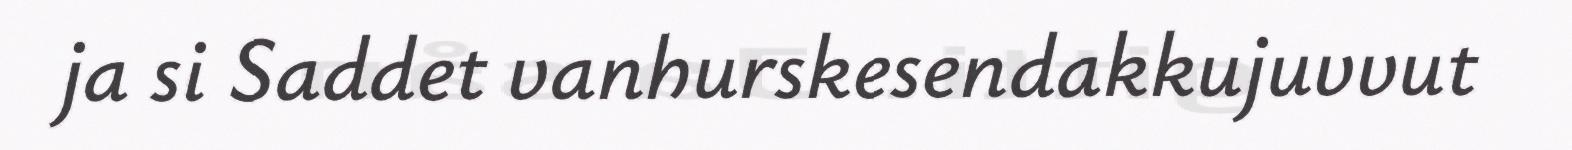
ja si Saddet vanhurskesendakkujuvvut